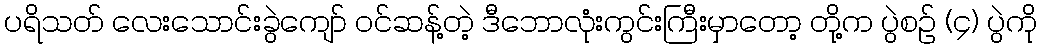
ပရိသတ် လေးသောင်းခွဲကျော် ဝင်ဆန့်တဲ့ ဒီဘောလုံးကွင်းကြီးမှာတော့ တို့က ပွဲစဉ် (၄) ပွဲကို